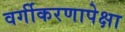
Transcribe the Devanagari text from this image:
वर्गीकरणापेक्षा